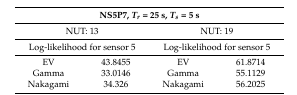
| <COLSPAN=4> NS5P7, Tr = 25 s, Ts = 5 s |
 | --- | --- | --- | --- |
 | <COLSPAN=2> NUT: 13 | <COLSPAN=2> NUT: 19 |
 | <COLSPAN=2> Log-likelihood for sensor 5 | <COLSPAN=2> Log-likelihood for sensor 5 |
 | EV | 43.8455 | EV | 61.8714 |
 | Gamma | 33.0146 | Gamma | 55.1129 |
 | Nakagami | 34.326 | Nakagami | 56.2025 |